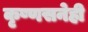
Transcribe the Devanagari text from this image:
कृष्णसनेही